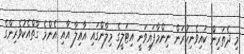
މި ދެތަރިން ކައިވެނިކުރަން ނިންމާފައިވަނީ އިޓަލީގެ މިލާންގައި އާއިލާ އާއި އެންމެ ގާތްއެކުވެރިންގެ